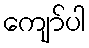
ကျော်ပါ